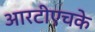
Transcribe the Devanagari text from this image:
आरटीएचके